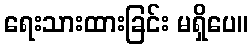
ရေးသားထားခြင်း မရှိပေ။